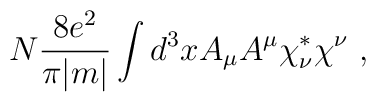
N \frac{8e^2}{\pi |m|} \int d^3 x A_\mu A^\mu \chi^*_\nu \chi^\nu ~,